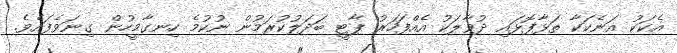
އެކަކު އަނެކަކާ ތަޅާފޮޅައި ދުވާލަކު އެއްފަހަރު ޕާޓީ ބަދަލުކުރަމުން ނުކުމެ ހިނގާމީހުން ގިނަވެފައެވެ.